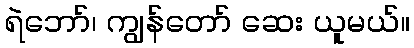
ရဲဘော်၊ ကျွန်တော် ဆေး ယူမယ်။